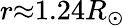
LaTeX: r{\approx}1.24R_{\odot}